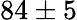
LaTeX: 84\pm 5